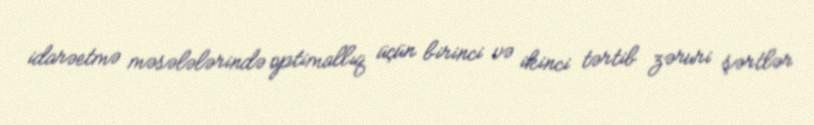
idarəetmə məsələlərində optimallıq üçün birinci və ikinci tərtib zəruri şərtlər